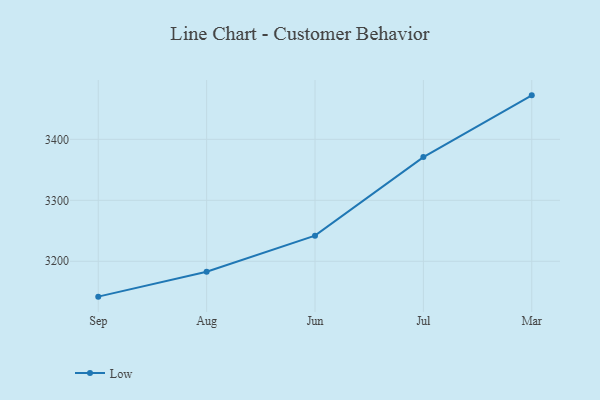
{"axis": {"x": "Month", "y": "Shipments"}, "legend": ["Low"], "data": [{"x": "Sep", "y": 3142.0, "type": "Low"}, {"x": "Aug", "y": 3182.9, "type": "Low"}, {"x": "Jun", "y": 3242.0, "type": "Low"}, {"x": "Jul", "y": 3370.8, "type": "Low"}, {"x": "Mar", "y": 3472.1, "type": "Low"}]}